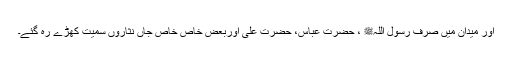
اور میدان میں صرف رسول اللہﷺ ، حضرت عباسؓ، حضرت علیؓ اوربعض خاص خاص جاں نثاروں سمیت کھڑے رہ گئے۔